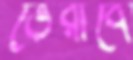
ভেরাবে